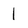
Character: 1